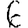
Digit: 6